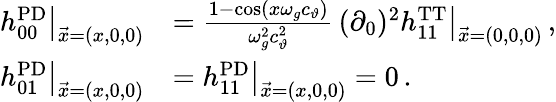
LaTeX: \begin{array}{rl}{h_{00}^{\mathrm{PD}}\big|_{\vec{x}=(x,0,0)}}&{=\frac{1-\cos(x\omega_{g}c_{\vartheta})}{\omega_{g}^{2}c_{\vartheta}^{2}}\, (\partial_{0})^{2}h_{11}^{\mathrm{TT}}\big|_{\vec{x}=(0,0,0)}\, ,}\\ {h_{01}^{\mathrm{PD}}\big|_{\vec{x}=(x,0,0)}}&{=h_{11}^{\mathrm{PD}}\big|_{\vec{x}=(x,0,0)}=0\, .}\end{array}